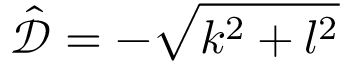
\hat { \mathcal { D } } = - \sqrt { k ^ { 2 } + l ^ { 2 } }